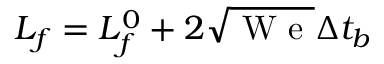
L _ { f } = L _ { f } ^ { 0 } + 2 \sqrt { \mathrm { ~ W ~ e ~ } } \Delta t _ { b }